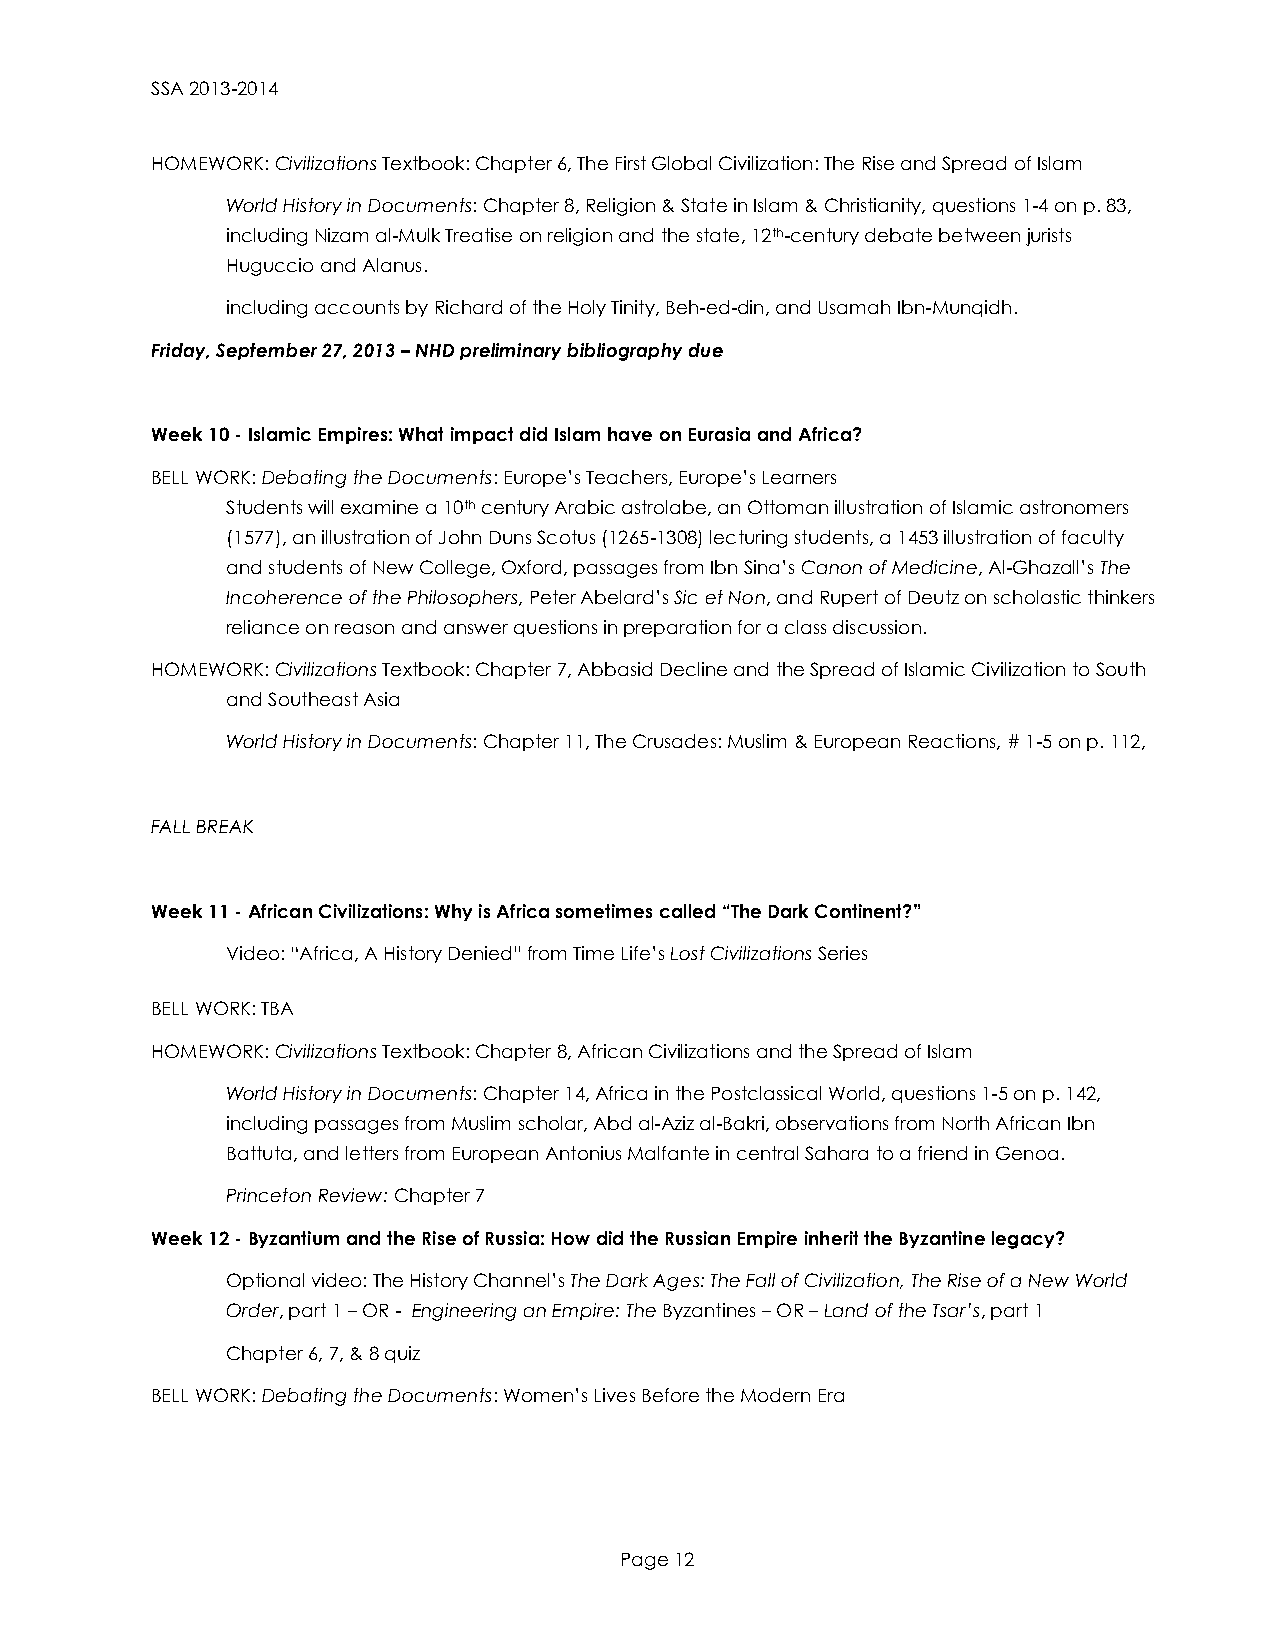
SSA 2013-2014
 HOMEWORK: Civilizations Textbook: Chapter 6, The First Global Civilization: The Rise and Spread of Islam
 World History in Documents: Chapter 8, Religion & State in Islam & Christianity, questions 1-4 on p. 83,
 including Nizam al-Mulk Treatise on religion and the state, 12th-century debate between jurists
 Huguccio and Alanus.
 including accounts by Richard of the Holy Tinity, Beh-ed-din, and Usamah Ibn-Munqidh.
 Friday, September 27, 2013 – NHD preliminary bibliography due
 Week 10 - Islamic Empires: What impact did Islam have on Eurasia and Africa?
 BELL WORK: Debating the Documents: Europe’s Teachers, Europe’s Learners
 Students will examine a 10th century Arabic astrolabe, an Ottoman illustration of Islamic astronomers
 (1577), an illustration of John Duns Scotus (1265-1308) lecturing students, a 1453 illustration of faculty
 and students of New College, Oxford, passages from Ibn Sina’s Canon of Medicine, Al-Ghazall’s The
 Incoherence of the Philosophers, Peter Abelard’s Sic et Non, and Rupert of Deutz on scholastic thinkers
 reliance on reason and answer questions in preparation for a class discussion.
 HOMEWORK: Civilizations Textbook: Chapter 7, Abbasid Decline and the Spread of Islamic Civilization to South
 and Southeast Asia
 World History in Documents: Chapter 11, The Crusades: Muslim & European Reactions, # 1-5 on p. 112,
 FALL BREAK
 Week 11 - African Civilizations: Why is Africa sometimes called “The Dark Continent?”
 Video: “Africa, A History Denied” from Time Life’s Lost Civilizations Series
 BELL WORK: TBA
 HOMEWORK: Civilizations Textbook: Chapter 8, African Civilizations and the Spread of Islam
 World History in Documents: Chapter 14, Africa in the Postclassical World, questions 1-5 on p. 142,
 including passages from Muslim scholar, Abd al-Aziz al-Bakri, observations from North African Ibn
 Battuta, and letters from European Antonius Malfante in central Sahara to a friend in Genoa.
 Princeton Review: Chapter 7
 Week 12 - Byzantium and the Rise of Russia: How did the Russian Empire inherit the Byzantine legacy?
 Optional video: The History Channel’s The Dark Ages: The Fall of Civilization, The Rise of a New World
 Order, part 1 – OR - Engineering an Empire: The Byzantines – OR – Land of the Tsar’s, part 1
 Chapter 6, 7, & 8 quiz
 BELL WORK: Debating the Documents: Women’s Lives Before the Modern Era
 Page 12